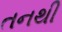
તનથી